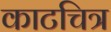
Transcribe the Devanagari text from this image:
काटचित्र